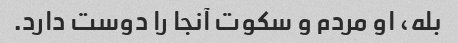
بله، او مردم و سکوت آنجا را دوست دارد.